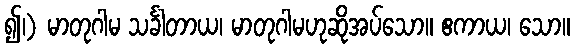
၍၊) မာတုဂါမ သင်္ခါတာယ၊ မာတုဂါမဟုဆိုအပ်သော။ ဧကာယ၊ သော။